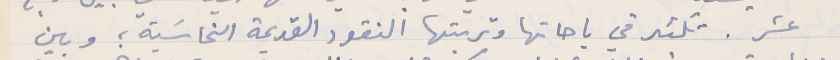
عشر. تكثر في باحاتها وتربتها النقود القديمة النحاسَية ؛ وبين